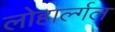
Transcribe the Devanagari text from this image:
लोहार्ल्गल